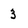
Character: 3